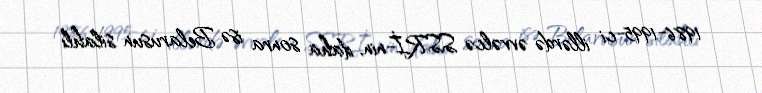
1986-1995-ci illərdə əvvəlcə SSRİ-nin, daha sonra isə Belarusun silahlı